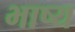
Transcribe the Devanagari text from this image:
भाष्‍य